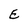
Character: E